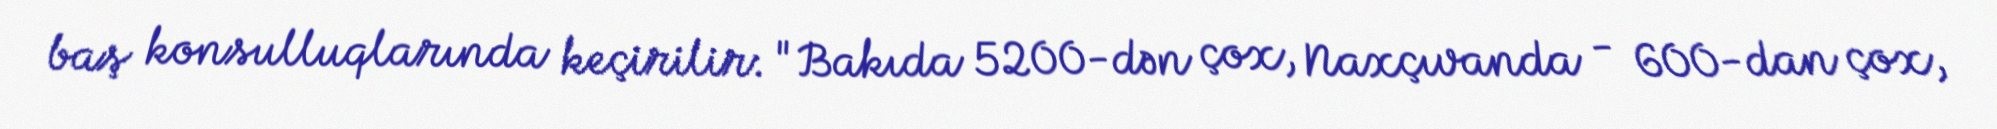
baş konsulluqlarında keçirilir: "Bakıda 5200-dən çox, Naxçıvanda - 600-dan çox,